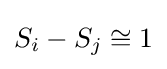
S_{i}-S_{j}\cong 1